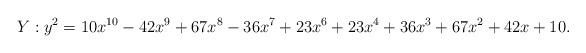
LaTeX: \begin{align*} Y : y^2 = 10x^{10} - 42x^9 + 67x^8 - 36x^7 + 23x^6 + 23x^4 + 36x^3 + 67x^2 + 42x + 10.\end{align*}